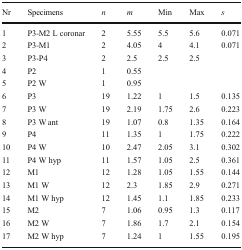
<table><thead><tr><td><b>Nr</b></td><td><b>Specimens</b></td><td><b><i>n</i></b></td><td><b><i>m</i></b></td><td><b>Min</b></td><td><b>Max</b></td><td><b><i>s</i></b></td></tr></thead><tbody><tr><td>1</td><td>P3-M2 L coronar</td><td>2</td><td>5.55</td><td>5.5</td><td>5.6</td><td>0.071</td></tr><tr><td>2</td><td>P3-M1</td><td>2</td><td>4.05</td><td>4</td><td>4.1</td><td>0.071</td></tr><tr><td>3</td><td>P3-P4</td><td>2</td><td>2.5</td><td>2.5</td><td>2.5</td><td></td></tr><tr><td>4</td><td>P2</td><td>1</td><td>0.55</td><td></td><td></td><td></td></tr><tr><td>5</td><td>P2 W</td><td>1</td><td>0.95</td><td></td><td></td><td></td></tr><tr><td>6</td><td>P3</td><td>19</td><td>1.22</td><td>1</td><td>1.5</td><td>0.135</td></tr><tr><td>7</td><td>P3 W</td><td>19</td><td>2.19</td><td>1.75</td><td>2.6</td><td>0.223</td></tr><tr><td>8</td><td>P3 W ant</td><td>19</td><td>1.07</td><td>0.8</td><td>1.35</td><td>0.164</td></tr><tr><td>9</td><td>P4</td><td>11</td><td>1.35</td><td>1</td><td>1.75</td><td>0.222</td></tr><tr><td>10</td><td>P4 W</td><td>10</td><td>2.47</td><td>2.05</td><td>3.1</td><td>0.302</td></tr><tr><td>11</td><td>P4 W hyp</td><td>11</td><td>1.57</td><td>1.05</td><td>2.5</td><td>0.361</td></tr><tr><td>12</td><td>M1</td><td>12</td><td>1.28</td><td>1.05</td><td>1.55</td><td>0.144</td></tr><tr><td>13</td><td>M1 W</td><td>12</td><td>2.3</td><td>1.85</td><td>2.9</td><td>0.271</td></tr><tr><td>14</td><td>M1 W hyp</td><td>12</td><td>1.45</td><td>1.1</td><td>1.85</td><td>0.233</td></tr><tr><td>15</td><td>M2</td><td>7</td><td>1.06</td><td>0.95</td><td>1.3</td><td>0.117</td></tr><tr><td>16</td><td>M2 W</td><td>7</td><td>1.86</td><td>1.7</td><td>2.1</td><td>0.154</td></tr><tr><td>17</td><td>M2 W hyp</td><td>7</td><td>1.24</td><td>1</td><td>1.55</td><td>0.195</td></tr></tbody></table>